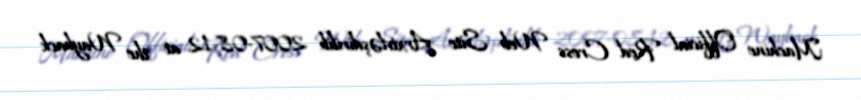
Machine Official Red Cross Web Site Arxivləşdirilib 2007-08-12 at the Wayback